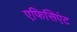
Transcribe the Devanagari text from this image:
एफिसिएंट